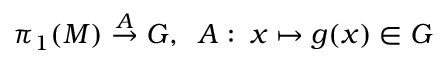
\pi _ { 1 } ( { \cal M } ) \stackrel { A } { \rightarrow } G , \; \; A : \; x \mapsto g ( x ) \in G